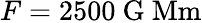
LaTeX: F=2500\ \mathrm{G\ Mm}